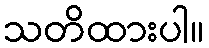
သတိထားပါ။